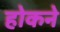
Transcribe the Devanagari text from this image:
होकने